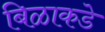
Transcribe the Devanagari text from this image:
बिळाकडे